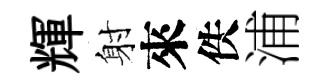
輝射來佚浦